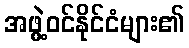
အဖွဲ့ဝင်နိုင်ငံများ၏